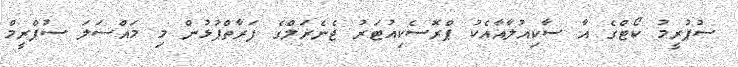
ސުޕުރީމު ކޯޓްގެ އާ ސާކިއުލާއާއެކު ޕްރޮސެކިއުޓަރު ޖެނެރަލްގެ ފަރާތްޕުޅުން މި މައްސަލަ ސުޕްރީމް